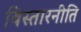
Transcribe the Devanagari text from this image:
विस्तारनीति